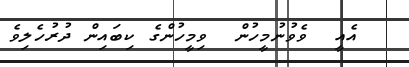
އެއީ  ވެވުނުމީހުން  ވިމީހުންގެ ކިބައިން ދުރުހެލިވެ